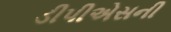
ડીપીએસની